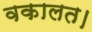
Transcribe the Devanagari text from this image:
वकालत।